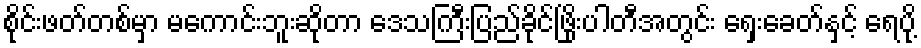
စိုင်းဖတ်တစ်မှာ မကောင်းဘူးဆိုတာ ဒေသကြီးပြည်ခိုင်ဖြိုးပါတီအတွင်း ရှေးခေတ်နှင့် ရေပို့